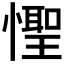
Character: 𪬮